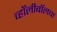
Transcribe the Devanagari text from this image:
व्हॉलीबॉलचा